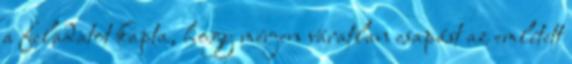
a feladatot kapta, hogy mérjen váratlan csapást az említett